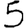
Digit: 5